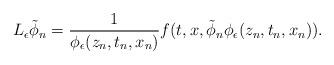
LaTeX: \begin{align*} L_{\epsilon}\tilde{\phi}_{n}= \displaystyle \frac{1}{\phi_{\epsilon}(z_{n},t_{n},x_{n})}f(t,x,\tilde{\phi}_{n}\phi_{\epsilon}(z_{n},t_{n},x_{n})).\end{align*}